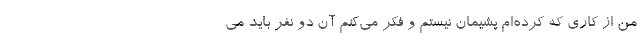
من از کاری که کرده‌ام پشیمان نیستم و فکر می‌کنم آن دو نفر باید می